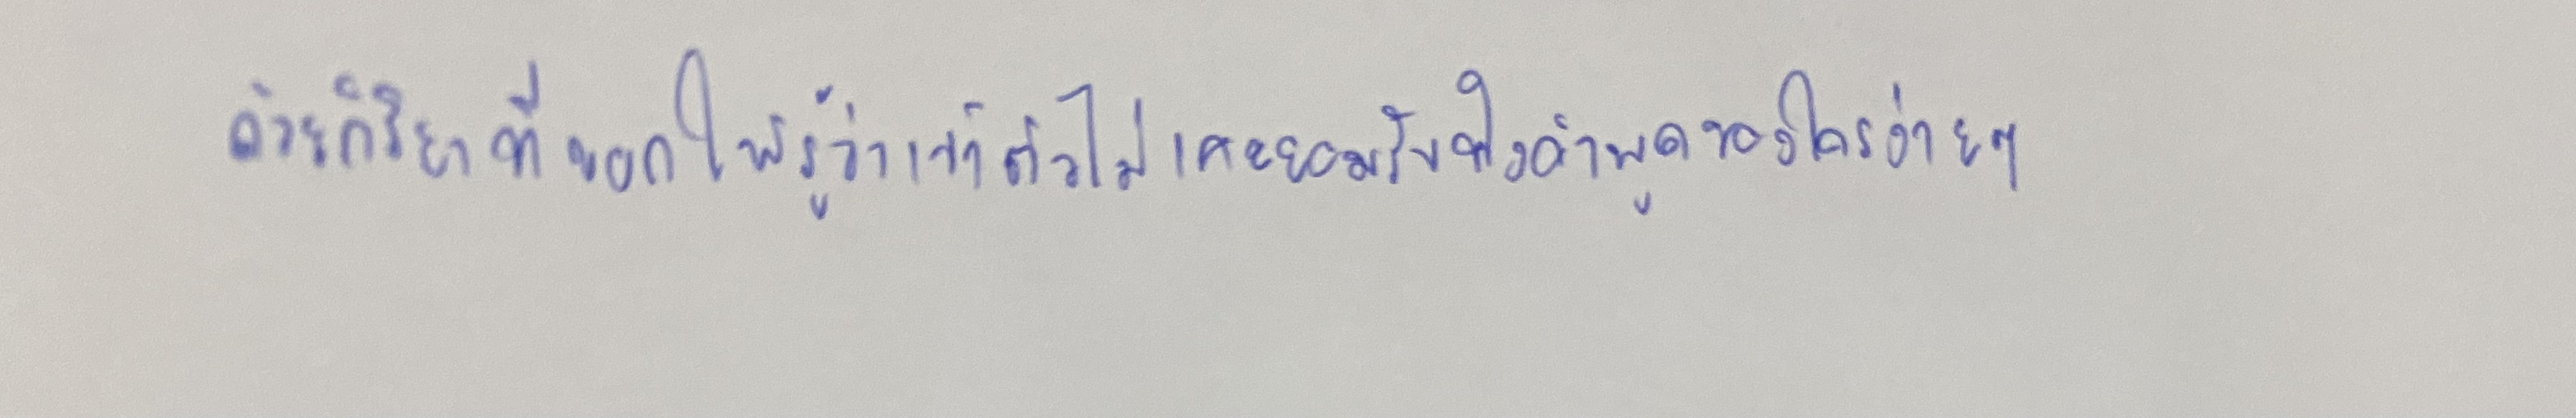
ด้วยกิริยาที่บอกให้รู้ว่าเจ้าตัวไม่เคยยอมรับฟังคำพูดของใครง่ายๆ